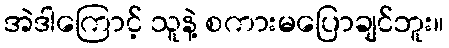
အဲဒါကြောင့် သူနဲ့ စကားမပြောချင်ဘူး။